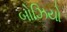
બોઝિયો